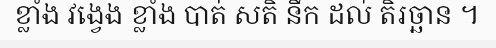
ខ្លាំង វង្វេង ខ្លាំង បាត់ សតិ នឹក ដល់ តិរច្ឆាន ។